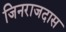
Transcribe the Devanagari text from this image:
जिनराजदास